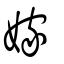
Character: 嫁